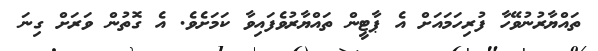
ތައްޔާރުނުވޭހާ ފުރިހަމައަށް އެ ޕާޓީން ތައްޔާރުވެފައިވާ ކަމަށެވެ. އެ ގޮތުން ވަރަށް ގިނަ